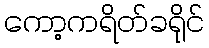
ကော့ကရိတ်ခရိုင်